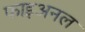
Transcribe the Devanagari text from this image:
फाइअनल